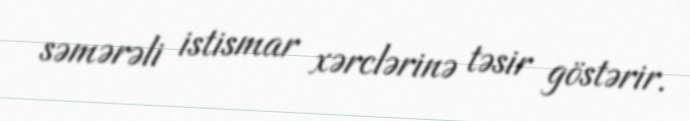
səmərəli istismar xərclərinə təsir göstərir.